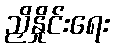
ညှိနှိုင်းရေး